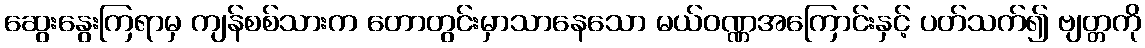
ဆွေးနွေးကြရာမှ ကျန်စစ်သားက တောတွင်းမှာသာနေသော မယ်ဝဏ္ဏအကြောင်းနှင့် ပတ်သက်၍ ဗျတ္တကို